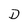
Character: D